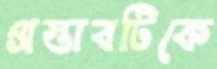
প্রস্তাবটিকে